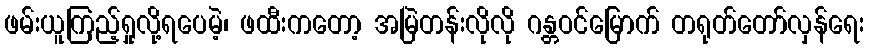
ဖမ်းယူကြည့်ရှုလို့ရပေမဲ့၊ ဖထီးကတော့ အမြဲတန်းလိုလို ဂန္တဝင်မြောက် တရုတ်တော်လှန်ရေး